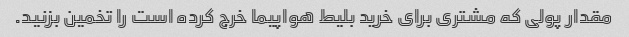
مقدار پولی که مشتری برای خرید بلیط هواپیما خرج کرده است را تخمین بزنید.